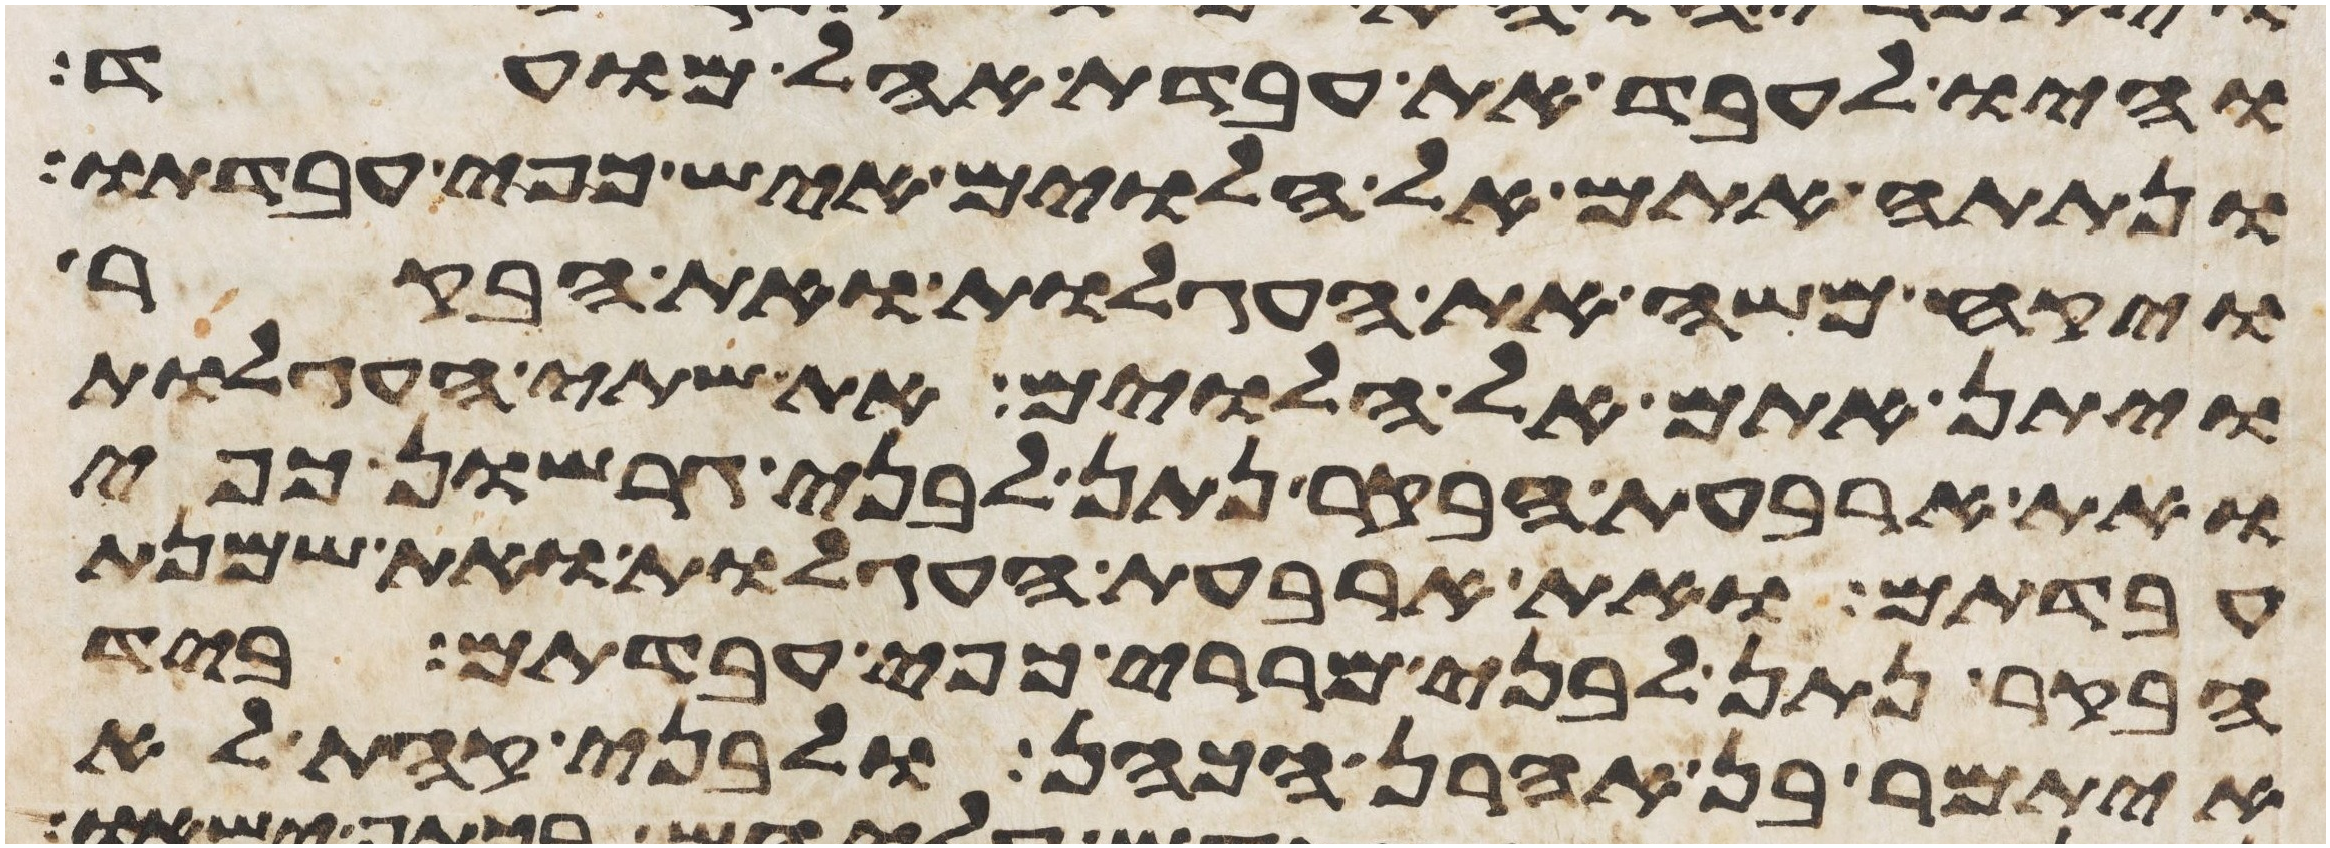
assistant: והיו לעבד את עבדת אהל מועד
ונתתה אתם אל הלוים איש כפי עבדתו
ויקח משה את העגלות ואת הבקר
ויתן אתם אל הלוים את שתי העגלות
ואת ארבעת הבקר נתן לבני גרשון כפי
עבדתם ואת ארבעת העגלות ואת שמנת
הבקר נתן לבני מררי כפי עבדתם ביד
איתמר בן אהרן הכהן ולבני קהת לא